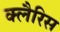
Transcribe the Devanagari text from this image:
क्लैरिस